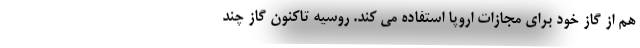
هم از گاز خود برای مجازات اروپا استفاده می کند. روسیه تاکنون گاز چند